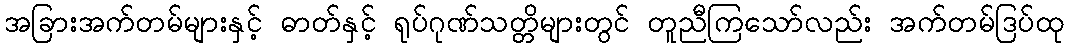
အခြားအက်တမ်များနှင့် ဓာတ်နှင့် ရုပ်ဂုဏ်သတ္တိများတွင် တူညီကြသော်လည်း အက်တမ်ဒြပ်ထု